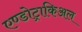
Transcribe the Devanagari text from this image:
एण्डोट्राकिअल